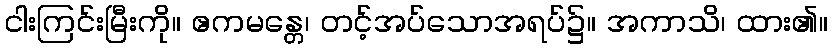
ငါးကြင်းမြီးကို။ ဧကမန္တေ၊ တင့်အပ်သောအရပ်၌။ အကာသိ၊ ထား၏။